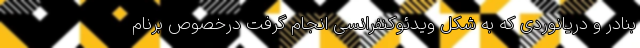
بنادر و دریانوردی که به شکل ویدئوکنفرانسی انجام گرفت درخصوص برنام